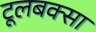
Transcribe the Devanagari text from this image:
टूलबक्सा